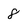
Character: 8